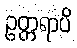
ဥတ္တရာပိ